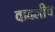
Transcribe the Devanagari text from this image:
वाढलीच